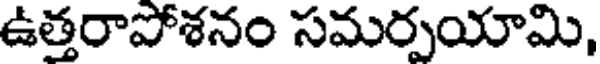
ఉత్తరాపోశనం సమర్పయామి,